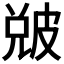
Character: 𤿫